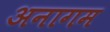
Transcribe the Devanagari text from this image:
अनागम